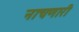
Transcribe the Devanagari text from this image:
नाचणारी